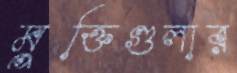
মুক্তিগুলার